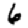
Digit: 6